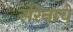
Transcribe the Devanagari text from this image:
सेरेनाचे